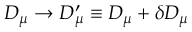
D _ { \mu } \rightarrow D _ { \mu } ^ { \prime } \equiv D _ { \mu } + \delta D _ { \mu }